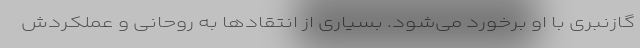
گازنبری با او برخورد می‌شود. بسیاری از انتقادها به روحانی و عملکردش